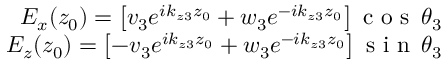
\begin{array} { r } { E _ { x } ( z _ { 0 } ) = \left[ v _ { 3 } e ^ { i k _ { z 3 } z _ { 0 } } + w _ { 3 } e ^ { - i k _ { z 3 } z _ { 0 } } \right] \mathrm { ~ c ~ o ~ s ~ } \, \theta _ { 3 } } \\ { E _ { z } ( z _ { 0 } ) = \left[ - v _ { 3 } e ^ { i k _ { z 3 } z _ { 0 } } + w _ { 3 } e ^ { - i k _ { z 3 } z _ { 0 } } \right] \mathrm { ~ s ~ i ~ n ~ } \, \theta _ { 3 } } \end{array}